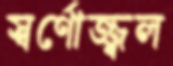
স্বর্ণোজ্জ্বল